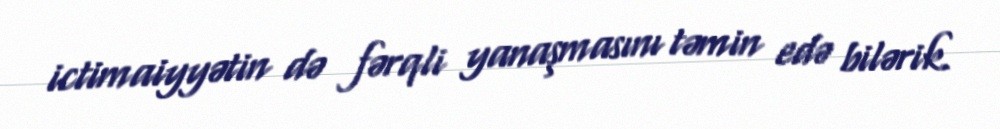
ictimaiyyətin də fərqli yanaşmasını təmin edə bilərik.